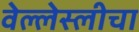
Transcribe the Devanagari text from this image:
वेल्लेस्लीचा